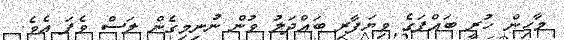
މާހިން ހުރީ ބައްޕަގެ ވިޔަފާރި ބައްދަލު ވުން ނުނިމިގެން ލަސް ވެފަ އެވެ.